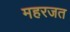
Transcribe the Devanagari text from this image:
महरजत